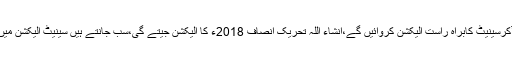
یکم مارچ 2018ء): پاکستان تحریک انصاف کے چیئرمین عمران خان نے کہا ہے کہ حکومت میں آکرسینیٹ کابراہ راست الیکشن کروائیں گے،انشاء اللہ تحریک انصاف 2018ء کا الیکشن جیتے گی،سب جانتے ہیں سینیٹ الیکشن میں پیسہ چلتا ہے،جوپیسہ دے کرآئے گاوہ پیسا ہی کمائے گا،سینیٹ الیکشن میں مجھے بھی آفرآئی تھی۔